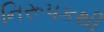
નિરૂપકથી